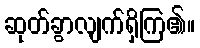
ဆုတ်ခွာလျက်ရှိကြ၏။